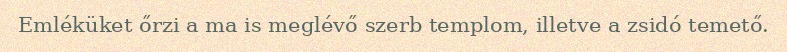
Emléküket őrzi a ma is meglévő szerb templom, illetve a zsidó temető.